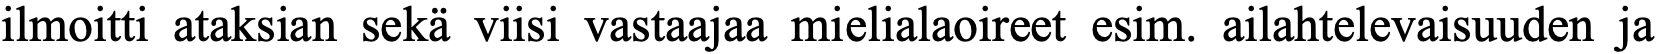
ilmoitti ataksian sekä viisi vastaajaa mielialaoireet esim. ailahtelevaisuuden ja